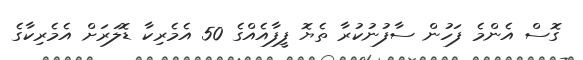
ގޮސް އެންމެ ފަހުން ސާފުނުކުރާ ތެޔޮ ފީފާއެއްގެ 50 އެމެރިކާ ޑޮލަރަށް އެމެރިކާގެ